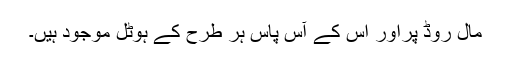
مال روڈ پراور اس کے آس پاس ہر طرح کے ہوٹل موجود ہیں۔